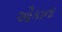
ઔકાના